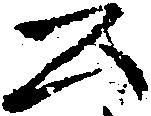
公